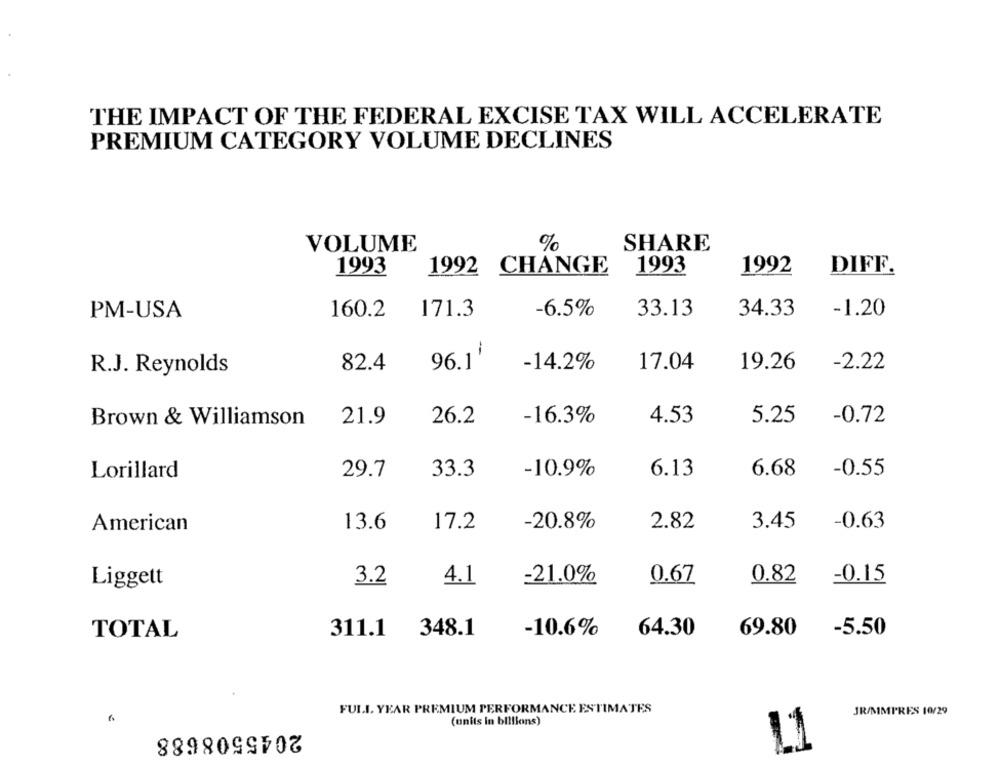
THE IMPACT OF THE FEDERAL EXCISE TAX WILL ACCELERATE
PREMIUM CATEGORY VOLUME DECLINES
%
SHARE
VOLUME
1992 CHANGE
1993
DIFF.
1993
1992
PM-USA
160.2
171.3
-6.5%
33.13
34.33
-1.20
i
82.4
96.1
-14.2%
17.04
19.26
-2.22
R.J. Reynolds
Brown & Williamson
21.9
26.2
-16.3%
4.53
5.25
-0.72
Lorillard
29.7
33.3
-10.9%
6.13
6.68
-0.55
American
13.6
17.2
-20.8%
2.82
3.45
-0.63
Liggett
3.2
4.1
-21.0%
0.67
0.82
-0.15
TOTAL
311.1
348.1
-10.6%
64.30
69.80
-5.50
FULL YEAR PREMIUM PERFORMANCE ESTIMATES
JR/MMPRES 10/29
(units in billions)
2045508688
11